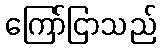
ကြော်ငြာသည်